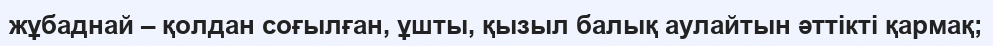
жұбаднай – қолдан соғылған, ұшты, қызыл балық аулайтын әттікті қармақ;